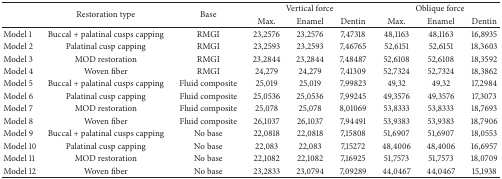
| <ROWSPAN=2>  | <ROWSPAN=2> Restoration type | <ROWSPAN=2> Base | <COLSPAN=3> Vertical force | <COLSPAN=3> Oblique force |
 | Max. | Enamel | Dentin | Max. | Enamel | Dentin |
 | --- | --- | --- | --- | --- | --- | --- | --- | --- |
 | Model 1 | Buccal + palatinal cusps capping | RMGI | 23,2576 | 23,2576 | 7,47318 | 48,1163 | 48,1163 | 16,8935 |
 | Model 2 | Palatinal cusp capping | RMGI | 23,2593 | 23,2593 | 7,46765 | 52,6151 | 52,6151 | 18,3603 |
 | Model 3 | MOD restoration | RMGI | 23,2844 | 23,2844 | 7,48487 | 52,6108 | 52,6108 | 18,3592 |
 | Model 4 | Woven fiber | RMGI | 24,279 | 24,279 | 7,41309 | 52,7324 | 52,7324 | 18,3862 |
 | Model 5 | Buccal + palatinal cusps capping | Fluid composite | 25,019 | 25,019 | 7,99823 | 49,32 | 49,32 | 17,2984 |
 | Model 6 | Palatinal cusp capping | Fluid composite | 25,0536 | 25,0536 | 7,99245 | 49,3576 | 49,3576 | 17,3073 |
 | Model 7 | MOD restoration | Fluid composite | 25,078 | 25,078 | 8,01069 | 53,8333 | 53,8333 | 18,7693 |
 | Model 8 | Woven fiber | Fluid composite | 26,1037 | 26,1037 | 7,94491 | 53,9383 | 53,9383 | 18,7906 |
 | Model 9 | Buccal + palatinal cusps capping | No base | 22,0818 | 22,0818 | 7,15808 | 51,6907 | 51,6907 | 18,0553 |
 | Model 10 | Palatinal cusp capping | No base | 22,083 | 22,083 | 7,15272 | 48,4006 | 48,4006 | 16,6957 |
 | Model 11 | MOD restoration | No base | 22,1082 | 22,1082 | 7,16925 | 51,7573 | 51,7573 | 18,0709 |
 | Model 12 | Woven fiber | No base | 23,2833 | 23,0794 | 7,09289 | 44,0467 | 44,0467 | 15,1938 |